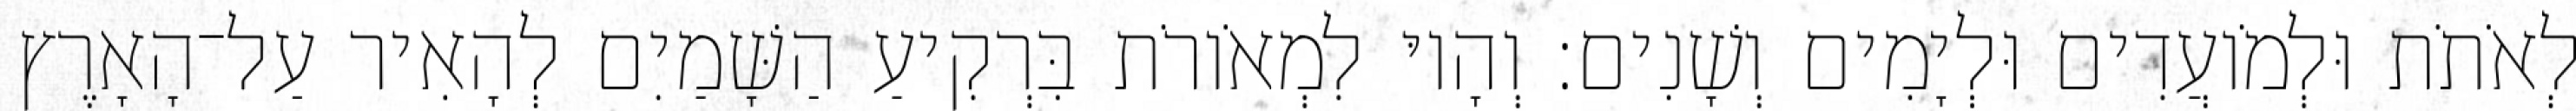
לְאֹתֹת וּלְמֹועֲדִים וּלְיָמִים וְשָׁנִים׃ וְהָיוּ לִמְאֹורֹת בִּרְקִיעַ הַשָּׁמַיִם לְהָאִיר עַל־הָאָרֶץ